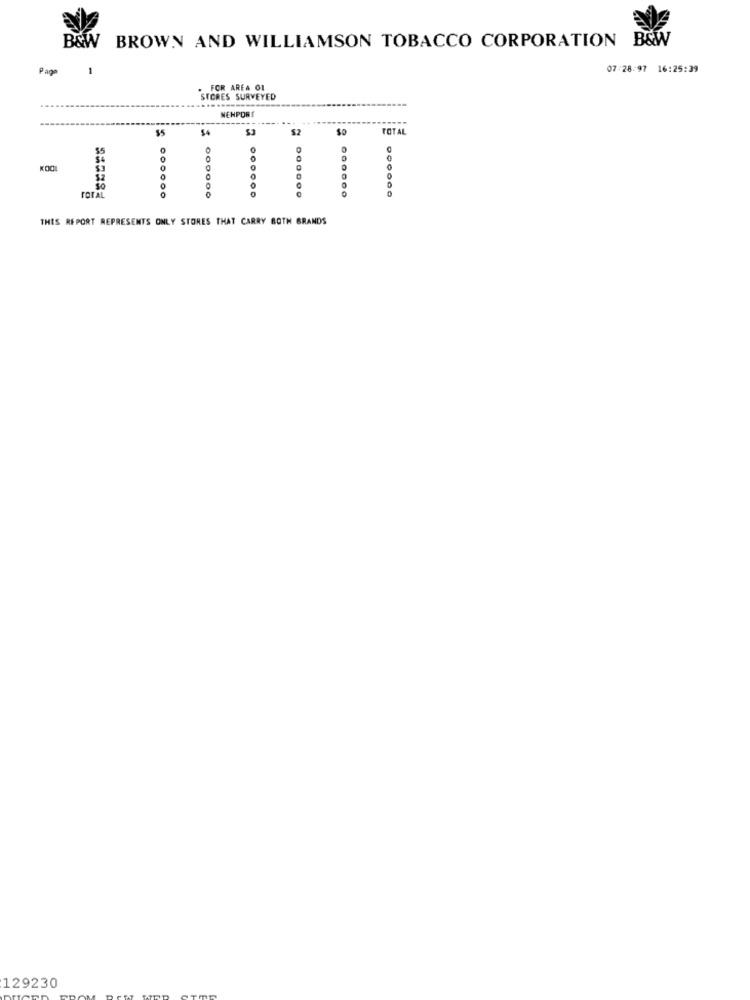
BROWN AND WILLIAMSON TOBACCO CORPORATION B&W
B&W
Page
07:28:97 16:25:39
. FOR AREA O1
STORES SURVEYED
-----
NEHPORT
$5
So
TOTAL
KOOL
0
TOTAL
000000
THIS REPORT REPRESENTS ONLY STORES THAT CARRY BOTH BRANDS
129230